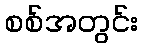
စစ်အတွင်း